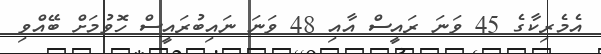
އެމެރިކާގެ 45 ވަނަ ރައީސް އާއި 48 ވަނަ ނައިބުރައީސް ހޮވުމަށް ބޭއްވި